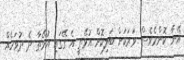
އޭނާ ކޮންމެވެސް ވަރަކަށް ބަލިކޮށް އުޅޭތީ އެ ގޭގައި އުޅޭތާ ދެ ދުވަހެއް